Indian journal of veterinary science and animal husbandry - Volume 11,
Year: 1941
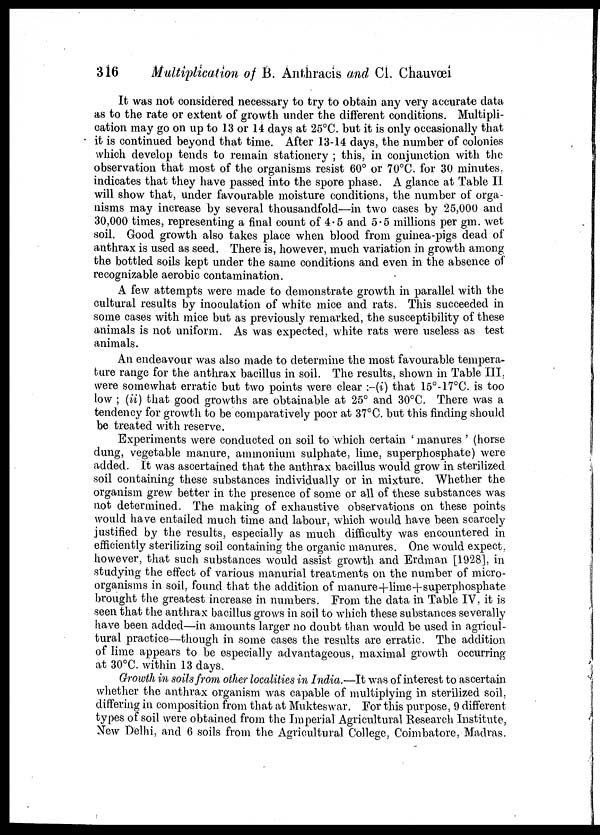
316
Multiplication of B. Anthracis and Cl. Chauvœi
It was not considered necessary to try to obtain any very accurate data
as to the rate or extent of growth under the different conditions. Multipli-
cation may go on up to 13 or 14 days at 25°C. but it is only occasionally that
it is continued beyond that time. After 13-14 days, the number of colonies
which develop tends to remain stationery ; this, in conjunction with the
observation that most of the organisms resist 60° or 70°C. for 30 minutes,
indicates that they have passed into the spore phase. A glance at Table II
will show that, under favourable moisture conditions, the number of orga-
nisms may increase by several thousandfold—in two cases by 25,000 and
30,000 times, representing a final count of 4.5 and 5.5 millions per gm. wet
soil. Good growth also takes place when blood from guinea-pigs dead of
anthrax is used as seed. There is, however, much variation in growth among
the bottled soils kept under the same conditions and even in the absence of
recognizable aerobic contamination.
A few attempts were made to demonstrate growth in parallel with the
cultural results by inoculation of white mice and rats. This succeeded in
some cases with mice but as previously remarked, the susceptibility of these
animals is not uniform. As was expected, white rats were useless as test
animals.
An endeavour was also made to determine the most favourable tempera-
ture range for the anthrax bacillus in soil. The results, shown in Table III,
were somewhat erratic but two points were clear :—(i) that 15°-17°C. is too
low ; (ii) that good growths are obtainable at 25° and 30°C. There was a
tendency for growth to be comparatively poor at 37°C. but this finding should
be treated with reserve.
Experiments were conducted on soil to which certain ' manures ' (horse
dung, vegetable manure, ammonium sulphate, lime, superphosphate) were
added. It was ascertained that the anthrax bacillus would grow in sterilized
soil containing these substances individually or in mixture. Whether the
organism grew better in the presence of some or all of these substances was
not determined. The making of exhaustive observations on these points
would have entailed much time and labour, which would have been scarcely
justified by the results, especially as much difficulty was encountered in
efficiently sterilizing soil containing the organic manures. One would expect,
however, that such substances would assist growth and Erdman [1928], in
studying the effect of various manurial treatments on the number of micro-
organisms in soil, found that the addition of manure+lime+superphosphate
brought the greatest increase in numbers. From the data in Table IV, it is
seen that the anthrax bacillus grows in soil to which these substances severally
have been added—in amounts larger no doubt than would be used in agricul-
tural practice—though in some cases the results are erratic. The addition
of lime appears to be especially advantageous, maximal growth occurring
at 30°C. within 13 days.
Growth in soils from other localities in India.—It was of interest to ascertain
whether the anthrax organism was capable of multiplying in sterilized soil,
differing in composition from that at Mukteswar. For this purpose, 9 different
types of soil were obtained from the Imperial Agricultural Research Institute,
New Delhi, and 6 soils from the Agricultural College, Coimbatore, Madras.